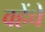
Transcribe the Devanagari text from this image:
वहेंचे